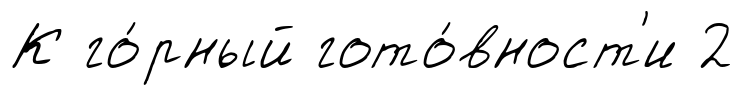
К го́рный гото́вност'и 2